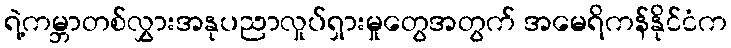
ရဲ့ကမ္ဘာတစ်လွှားအနုပညာလှုပ်ရှားမှုတွေအတွက် အမေရိကန်နိုင်ငံက